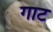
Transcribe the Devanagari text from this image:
गाट